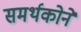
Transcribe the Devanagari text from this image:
समर्थकोने